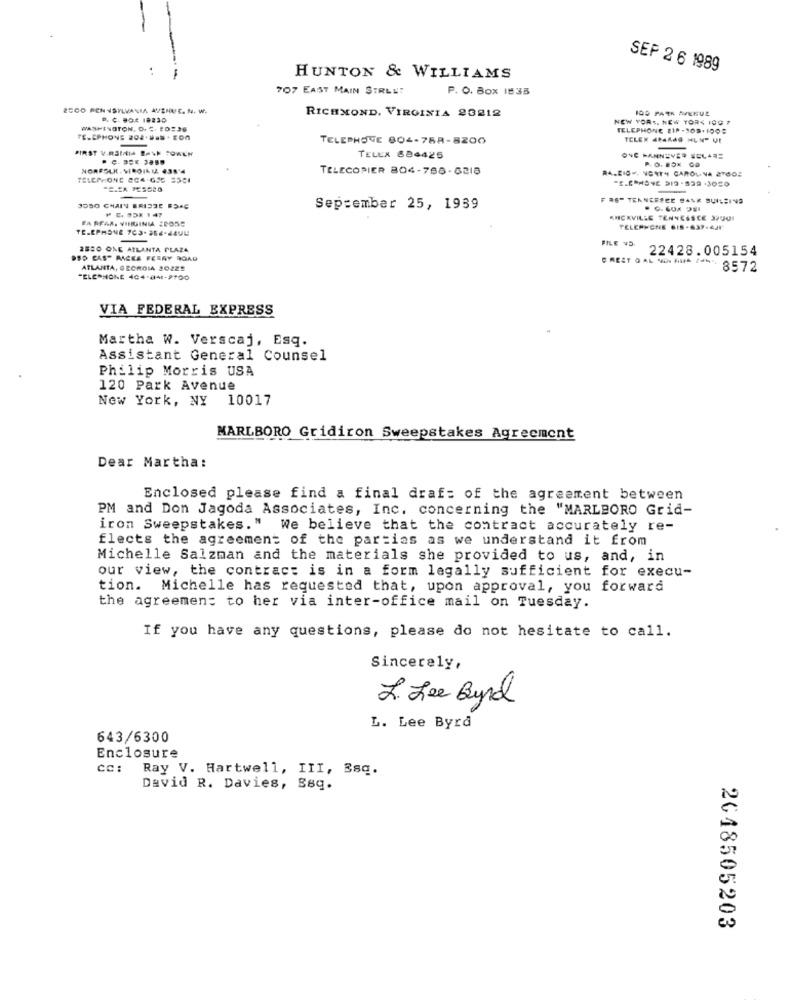
SEP 2 6 1989
HUNTON & WILLIAMS
707 EAST MAIN STREET
P. O. Box 1835
ZECO PENNSYLVANIA AVENUE. N. W.
RICHMOND, VIRGINIA 23212
100 PATR AVENUE
B. C- BOX 18230
NEW YORK, NEW YORK 100 7
WASHINGTON, D. C. PO2.36
TELEPHONE 21P -308-1008
TELEPHONE 204.688.E04
TELEPHONE 804-758-8200
TELEX 484449 MLN" VE
FIRST V.R3MIA BANK COACH
TELEX 884425
ONE MANNEVER SCLARE
P.O. BOX Ca
TELECOPIER 804-788-6218
TELEPHONE 804.658 35CI
FAST TEANEFECE BANK BUILSING
3050 CHAIN BRISTE ESAC
⑈ E. 95X 1 47
September 25, 1939
FA REAR, VIRGINIA 2PORS
KHCKVILLE TENNESSEE 37001
TELEPHONE 703-352-JAVU
TELEPHONE 6IS-637.6/1'
2850 ONE ATLANTA PLAZA
FILE NO.
22428.005154
PSD CAS" ANGEE FERRY ROAD
CREST O AL NO- AUS 74.
ATLANTA, GEORGIA 20225
8572
"ELEPHONE 404-841-2700
VIA FEDERAL EXPRESS
Martha W. Verscaj, Esq.
Assistant General Counsel
Philip Morris USA
120 Park Avenue
New York, NY 10017
MARLBORO Gridiron Sweepstakes Agreement
Dear Martha:
Enclosed please find a final draf: of the agreement between
PM and Don Jagoda Associates, Inc. concerning the "MARLBORO Grid-
iron Sweepstakes." We believe that the contract accurately re-
flects the agreement of the parties as we understand it from
Michelle Salzman and the materials she provided to us, and, in
our view, the contract is in a form legally sufficient for execu-
tion.
Michelle has requested that, upon approval, you forward
the agreement to her via inter-office mail on Tuesday.
If you have any questions, please do not hesitate to call.
Sincerely,
L. Lee Byrd
L. Lee Byrd
643/6300
Enclosure
cc: Ray V. Hartwell, III, Esq.
David R. Davies, Seq.
2048505203